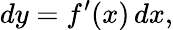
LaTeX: dy=f^{\prime}(x)\, dx,